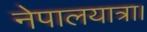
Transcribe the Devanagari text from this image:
नेपालयात्रा।